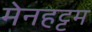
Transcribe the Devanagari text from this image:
मेनहट्टम